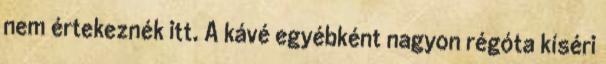
nem értekeznék itt. A kávé egyébként nagyon régóta kíséri